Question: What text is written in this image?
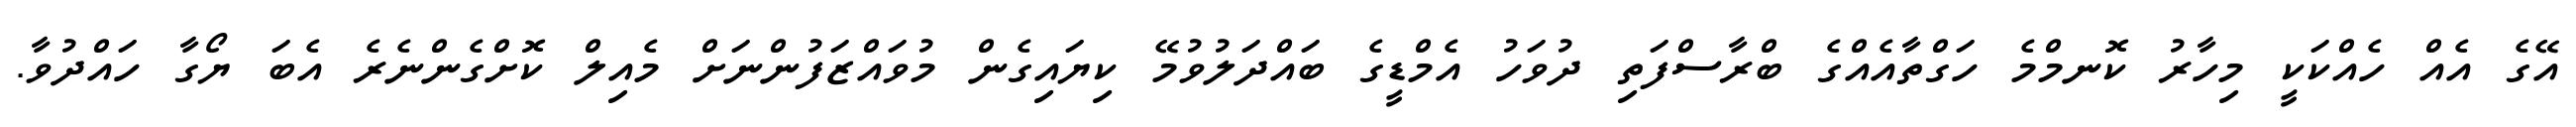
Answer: އޭގެ އެއް ހެއްކަކީ މިހާރު ކޮނމްމެ ހަގްތާއެއްގެ ބްރާސްފަތި ދުވަހު އެމްޑީގެ ބައްދަލުވުމޭ ކިޔައިގެން މުވައްޒަފުންނަށް މެއިލް ކޮށްގެންނެރެ އެބަ ޔޯގާ ހައްދުވާ.